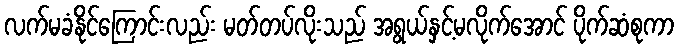
လက်မခံနိုင်ကြောင်းလည်း မတ်တပ်လိုးသည် အရွယ်နှင့်မလိုက်အောင် ပိုက်ဆံစုကာ